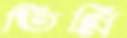
তিন্নি